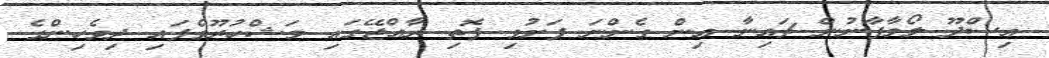
އިސްދޫ ލޯމާފާނުން ޗައިނާ އިން ގެންނަ ފަށުވި ފޮތި ރާއްޖޭގައި މަޝްހުރޫވެފައި ދިވެހިންގެ